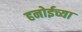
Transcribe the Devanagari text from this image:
हनोईच्या